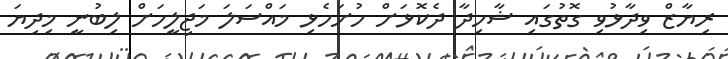
ރިޔާޒް ވިދާޅުވި ގޮތުގައި ޝާހިދާ ދެކޮޅަށް ހުށަހެޅި މައްސަލަ މަޖިލީހަށް ލިބުނީ މިދިޔަ